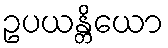
ဥပယန္တိယော